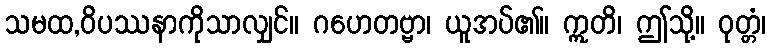
သမထ,ဝိပဿနာကိုသာလျှင်။ ဂဟေတဗ္ဗာ၊ ယူအပ်၏။ ဣတိ၊ ဤသို့။ ဝုတ္တံ၊